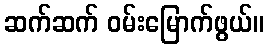
ဆက်ဆက် ဝမ်းမြောက်ဖွယ်။